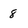
Character: 8